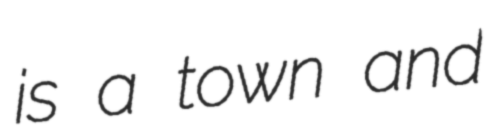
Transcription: is a town and